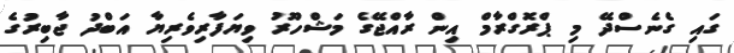
ގައި ގެނެސްދޭ މި ޕްރޮގްރާމް އިން ރާއްޖޭގެ މަޝްހޫރު ވިޔަފާރިވެރިޔާ އަބްދު ޖާބިރުގެ